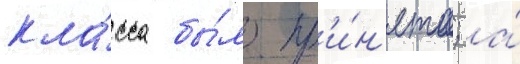
кла́сса бы́ло пр'и́н'ято; а́